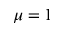
\mu = 1